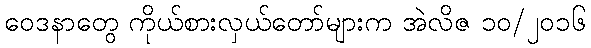
ဝေဒနာတွေ ကိုယ်စားလှယ်တော်များက အဲလိဇ ၁၀/၂၀၁၆